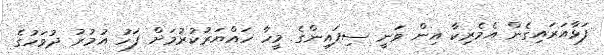
ފަޅާއަރައިގެން އެމެރިކާ އިން ވަނީ ސިފައިންގެ މީހާ ހައްޔަރުކުރުމަށް ފަހު އުމުރު ދުވަހުގެ